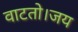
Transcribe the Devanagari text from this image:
वाटतो।जय